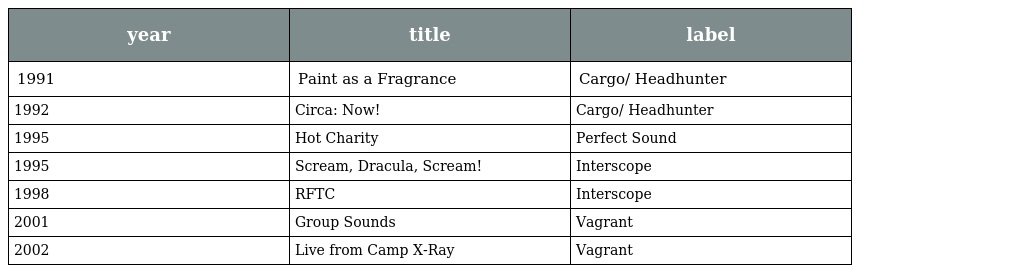
| year | title | label |
 | --- | --- | --- |
 | 1991 | Paint as a Fragrance | Cargo/ Headhunter |
 | 1992 | Circa: Now! | Cargo/ Headhunter |
 | 1995 | Hot Charity | Perfect Sound |
 | 1995 | Scream, Dracula, Scream! | Interscope |
 | 1998 | RFTC | Interscope |
 | 2001 | Group Sounds | Vagrant |
 | 2002 | Live from Camp X-Ray | Vagrant |